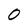
Character: 0